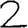
Digit: 2